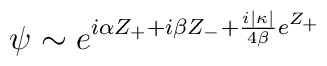
\psi \sim e^{i\alpha Z_{+} +i\beta Z_{-} +\frac{i|\kappa |}{4\beta} e^{Z_{+}}}